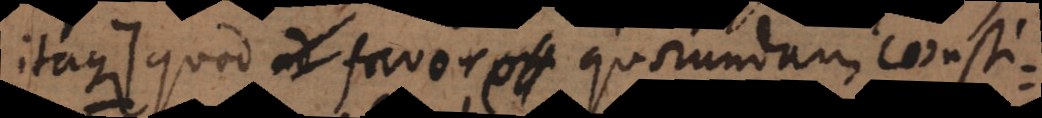
itaque +) quod favore quorundam consti